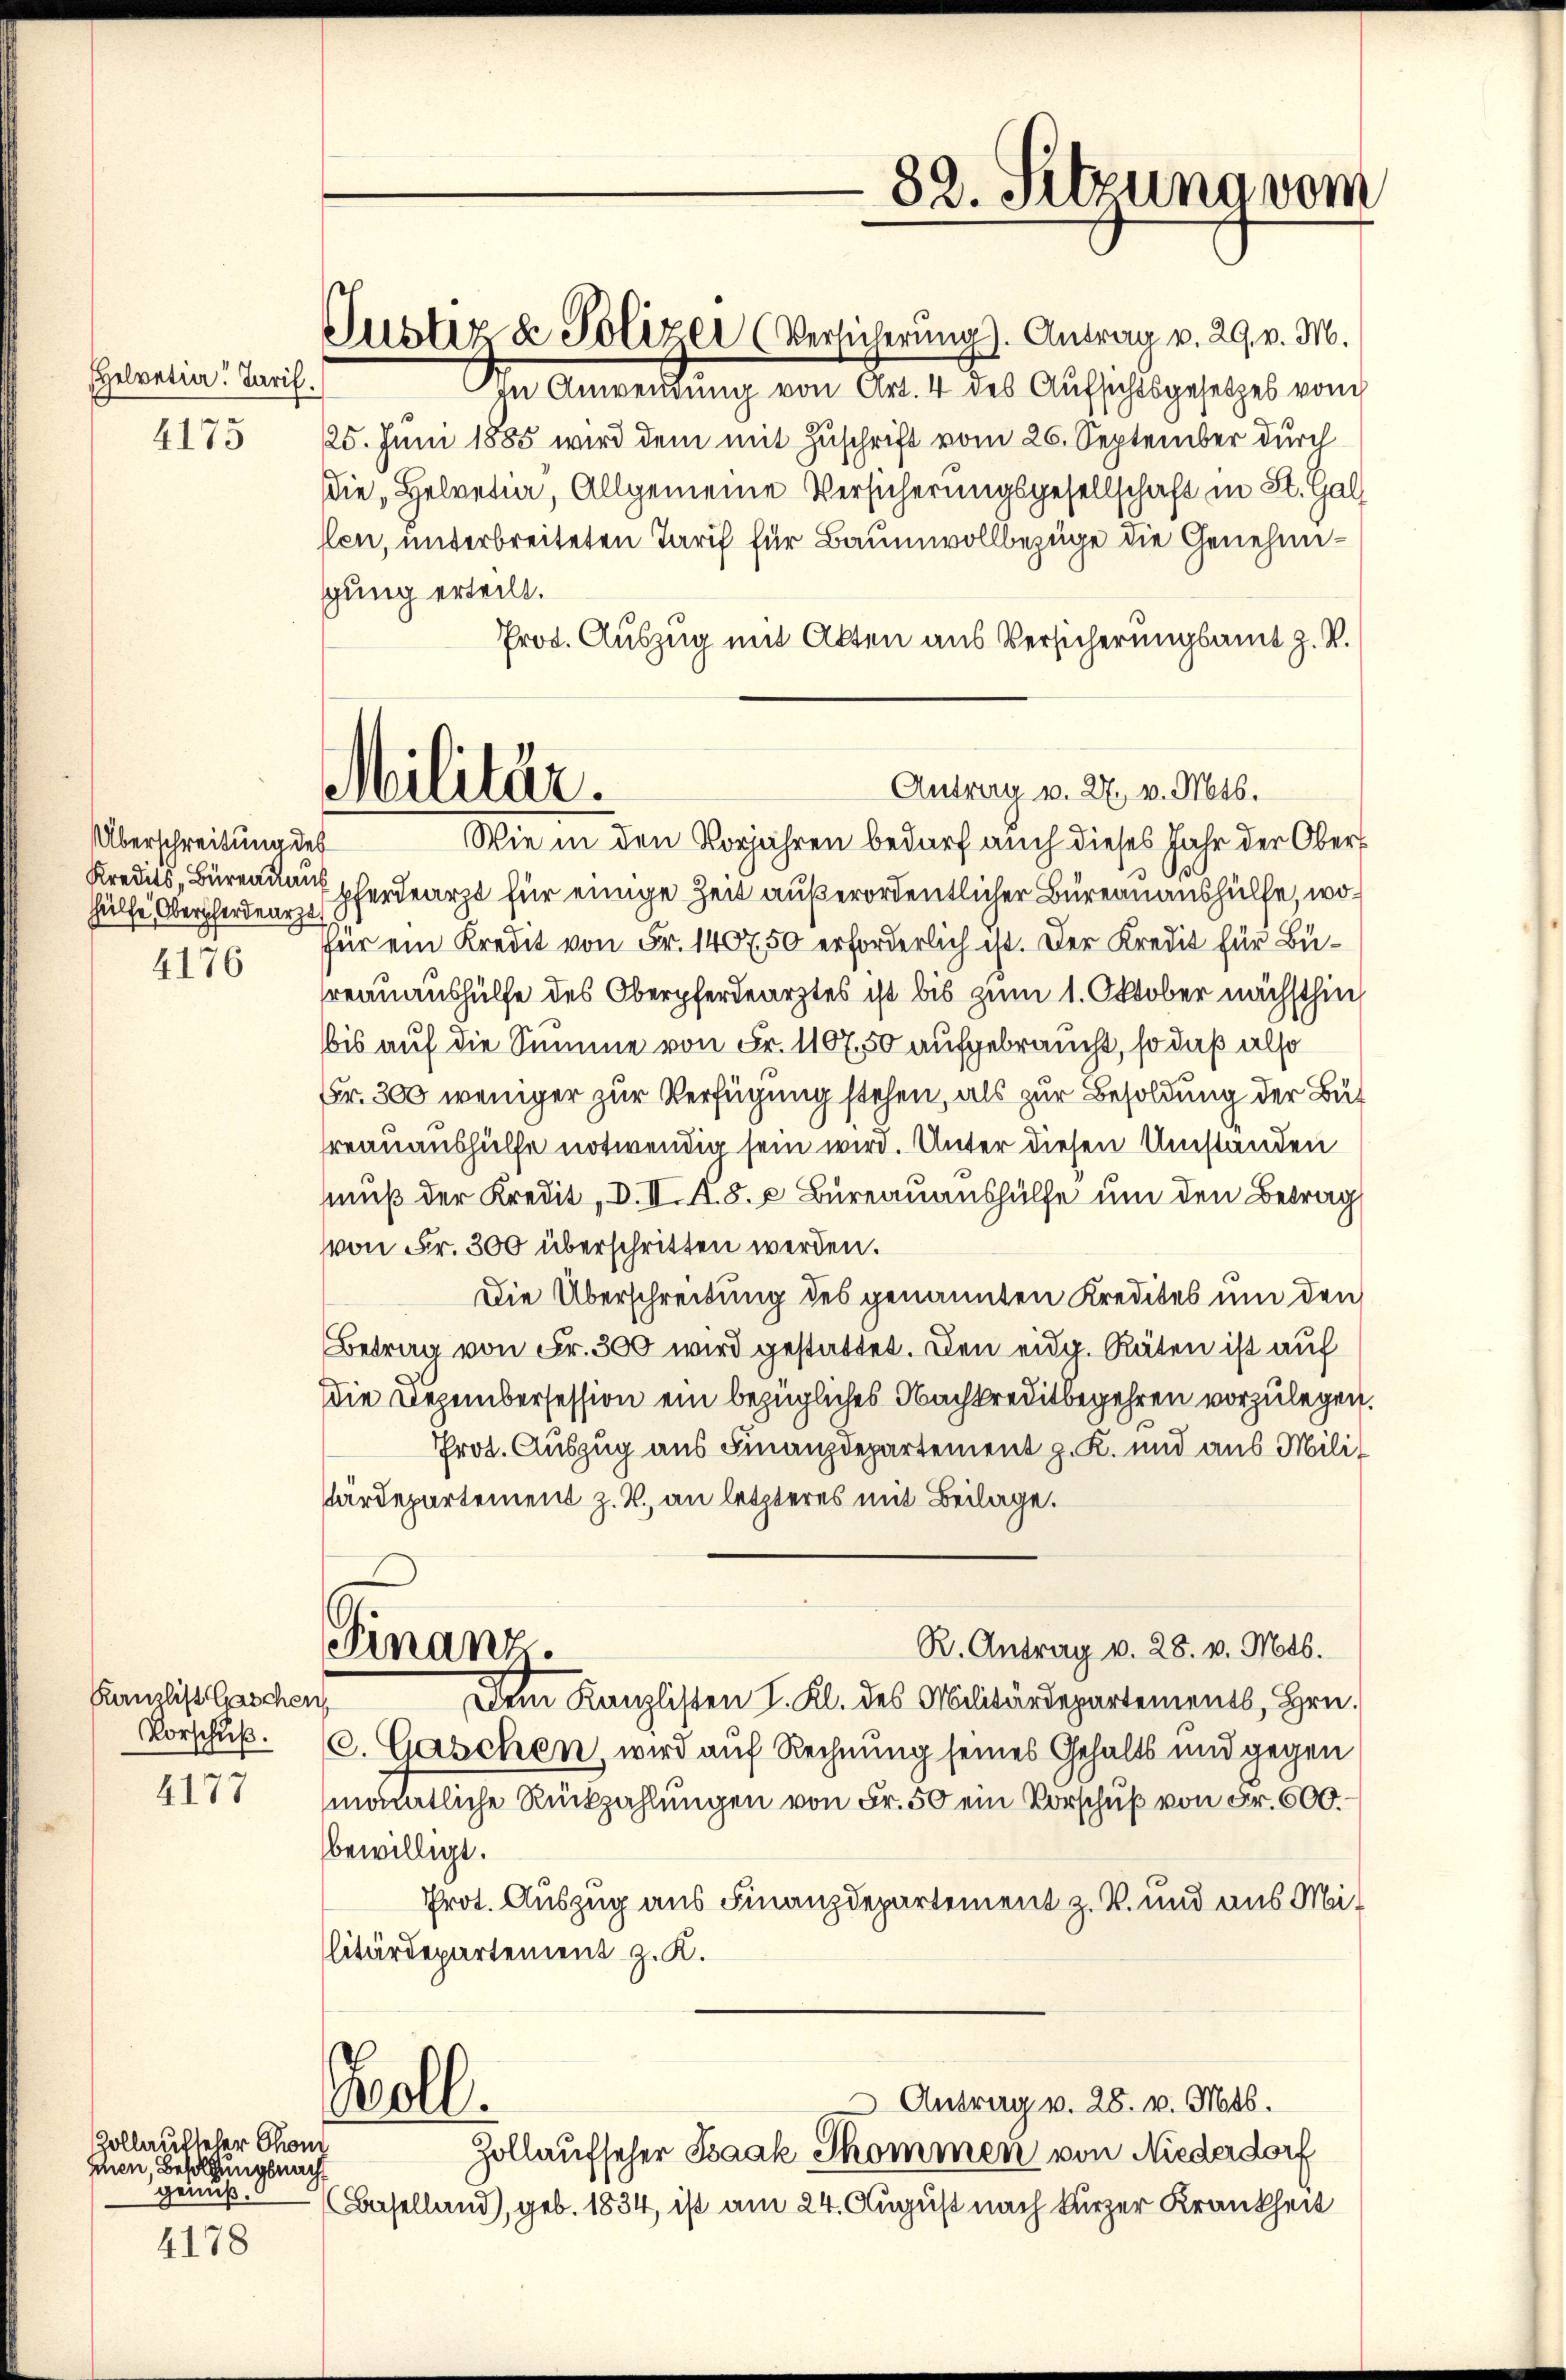
Helvetia" Jaril
4175

Kanzlist Gaschen
Vorschuß.
2177

Hollaufseher Schon
schen Bildung nach
genuß.
4178

Überschreitung des
hülfe, Oberfordearzt
4176

Gustiz & Polizei (Versicherung). Antrag v. 29. v. M.
In Anwendung von Art. 4 des Aufsichtsgesetzes vom
25. Juni 1885 wird dem mit Zuschrift vom 26. September durch
die, Helvetia, Allgemeine Versicherungsgesellschaft in St. Gal
len, unterbreiteten Tarif für Baumwollbezüge die Genehmigung erteilt.
Prot. Auszug mit Alten aus Versicherungsamt z. R.
Wie in den Vorjahren bedarf auch dieses Jahr der Obers
Kredits, Bureaua perdearzt für einige Zeit außerordentlicher Bureauaushülfe, wofür ein Kredit von Fr. 1407, 50 erforderlich ist. Der Kredit für Büreauaushülfe des Oberpferdearztes ist bis zum 1. Oktober nächsthin
bis auf die Summe von Fr. 1107, 50 aufgebraucht, so daß also
Fr. 300 weniger zur Verfügung stehen, als zur Besoldung der Bureauaushülfe notwendig sein wird. Unter diesen Umständen
muß der Kredit, d. II. A. S. z. Bureauaushülfe um den Betrag
von Fr. 300 überschritten werden.
Die Überschreibung des genannten Kredites um den
Betrag von Fr. 300 wird gestattet. Den eidg. Räten ist auf
Die Dezembersession ein bezügliches Nachkreditbegehren vorzulegen.
Prot. Auszug aus Finanzdepartement z. K. und aus Militärdepartement z. B. an letzteres mit Beilage.
Finanz.
R. Antrag v. 28. v. Mts.
Dem Kanzlisten I. Kl. des Militärdepartements, Hrn.
C. Gaschen, wird auf Rechnung seines Gehalts und gegen
mämtliche Rückzahlungen von Fr. 50 ein Vorschuß von Fr. 600.
bewilligt.
Prot. Auszug aus Finanzdepartement z. B. und aus Militärdepartement z. K.
Woll.
 Antrag v. 28. v. Mts.
Zollaufseher Baak Skommen von Niederdorf
Baselland, geb. 1834, ist am 24. August nach kurzer Krankheit

Antrag v. 27. v. Mts.
Militär.

82. Sitzung vom